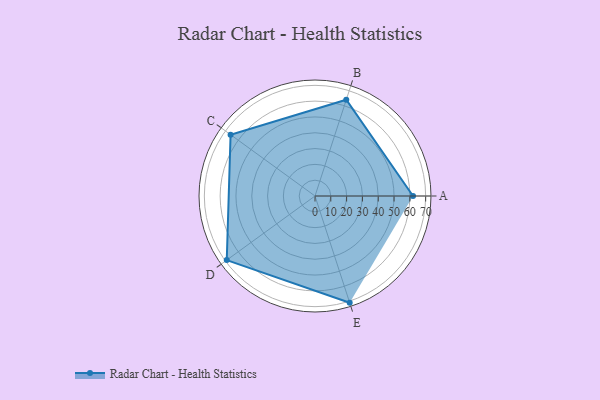
{"axis": {"x": "Skill", "y": "Score"}, "legend": ["Profile"], "data": [{"x": "A", "y": 62.0, "type": "Profile"}, {"x": "B", "y": 64.0, "type": "Profile"}, {"x": "C", "y": 66.0, "type": "Profile"}, {"x": "D", "y": 69.0, "type": "Profile"}, {"x": "E", "y": 71.0, "type": "Profile"}]}